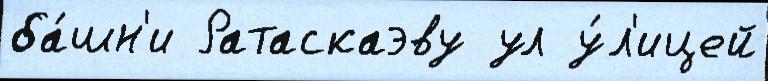
ба́шн'и Ратаскаэву ул у́л'ицей